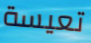
تعيسة